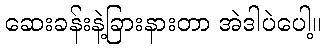
ဆေးခန်းနဲ့ခြားနားတာ အဲဒါပဲပေါ့။